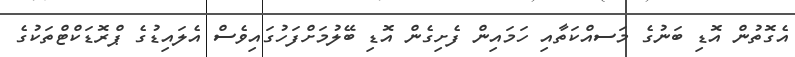
އެގޮތުން އޮޑި ބަނުގެ މަސއްކަތާއި ހަމައިން ފެށިގެން އޮޑި ބޭލުމަށްފަހުގައިވެސް އެލައިޑުގެ ޕްރޮޑަކްޓްތަކުގެ